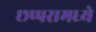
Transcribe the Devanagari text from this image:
छप्परामध्ये